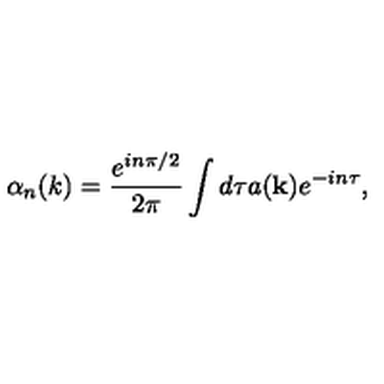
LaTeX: \alpha _ { n } ( k ) = \frac { e ^ { i n \pi / 2 } } { 2 \pi } \int { d \tau a ( { \bf k } ) e ^ { - i n \tau } } ,